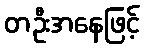
တဦးအနေဖြင့်